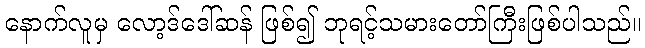
နောက်လူမှ လော့ဒ်ဒေါ်ဆန် ဖြစ်၍ ဘုရင့်သမားတော်ကြီးဖြစ်ပါသည်။